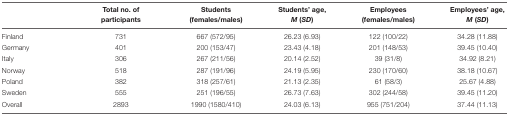
<table><thead><tr><td>[EMPTY_CELL]</td><td><b>Total no. of participants</b></td><td><b>Students (females/males)</b></td><td><b>Students’ age, <i>M</i> (<i>SD</i>)</b></td><td><b>Employees (females/males)</b></td><td><b>Employees’ age, <i>M</i> (<i>SD</i>)</b></td></tr></thead><tbody><tr><td>Finland</td><td>731</td><td>667 (572/95)</td><td>26.23 (6.93)</td><td>122 (100/22)</td><td>34.28 (11.88)</td></tr><tr><td>Germany</td><td>401</td><td>200 (153/47)</td><td>23.43 (4.18)</td><td>201 (148/53)</td><td>39.45 (10.40)</td></tr><tr><td>Italy</td><td>306</td><td>267 (211/56)</td><td>20.14 (2.52)</td><td>39 (31/8)</td><td>34.92 (8.21)</td></tr><tr><td>Norway</td><td>518</td><td>287 (191/96)</td><td>24.19 (5.95)</td><td>230 (170/60)</td><td>38.18 (10.67)</td></tr><tr><td>Poland</td><td>382</td><td>318 (257/61)</td><td>21.13 (2.35)</td><td>61 (58/3)</td><td>25.67 (4.88)</td></tr><tr><td>Sweden</td><td>555</td><td>251 (196/55)</td><td>26.73 (7.63)</td><td>302 (244/58)</td><td>39.45 (11.20)</td></tr><tr><td>Overall</td><td>2893</td><td>1990 (1580/410)</td><td>24.03 (6.13)</td><td>955 (751/204)</td><td>37.44 (11.13)</td></tr></tbody></table>